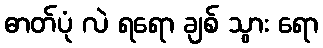
ဓာတ်ပုံ လဲ ရရော ချစ် သွား ရော